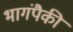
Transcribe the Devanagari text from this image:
भागंपैकी